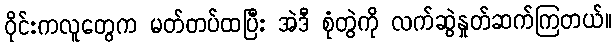
ဝိုင်းကလူတွေက မတ်တပ်ထပြီး အဲဒီ စုံတွဲကို လက်ဆွဲနှုတ်ဆက်ကြတယ်။